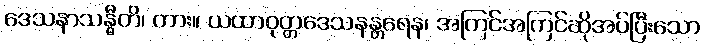
ဒေသနာသန္ဓီတိ၊ ကား။ ယထာဝုတ္တဒေသနန္တရေန၊ အကြင်အကြင်ဆိုအပ်ပြီးသော